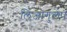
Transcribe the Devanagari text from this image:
लिजागुलेप